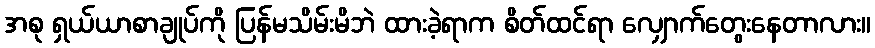
အစု ရှယ်ယာစာချုပ်ကို ပြန်မသိမ်းမိဘဲ ထားခဲ့ရာက စိတ်ထင်ရာ လျှောက်တွေးနေတာလား။